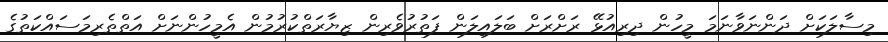
މިސާލަކަށް ދަންނަވާނަމަ މީހުން ދިރިއުޅޭ ރަށްރަށް ބަލައިލަން ފަތުރުވެރިން ޒިޔާރަތްކުރުމުން އެމީހުންނަށް އަތްތެރިމަސައްކަތުގެ